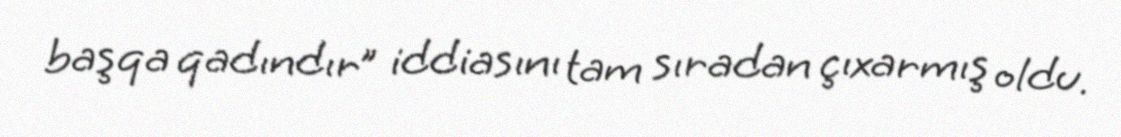
başqa qadındır” iddiasını tam sıradan çıxarmış oldu.